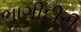
ભાગીદીરી